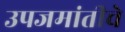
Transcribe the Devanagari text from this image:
उपजमांतीचे